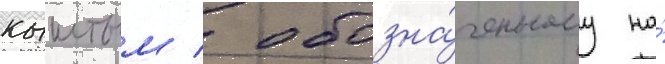
кыштым / обозна́ченному на́